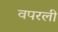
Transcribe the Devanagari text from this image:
वपरली